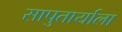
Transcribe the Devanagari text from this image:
सापुतार्याला